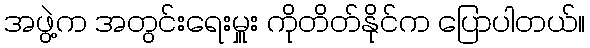
အဖွဲ့က အတွင်းရေးမှူး ကိုတိတ်နိုင်က ပြောပါတယ်။